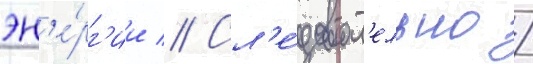
эн'е́рг'ии // Сл'е́доват'ельно /